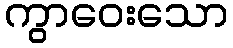
ကွာဝေးသော